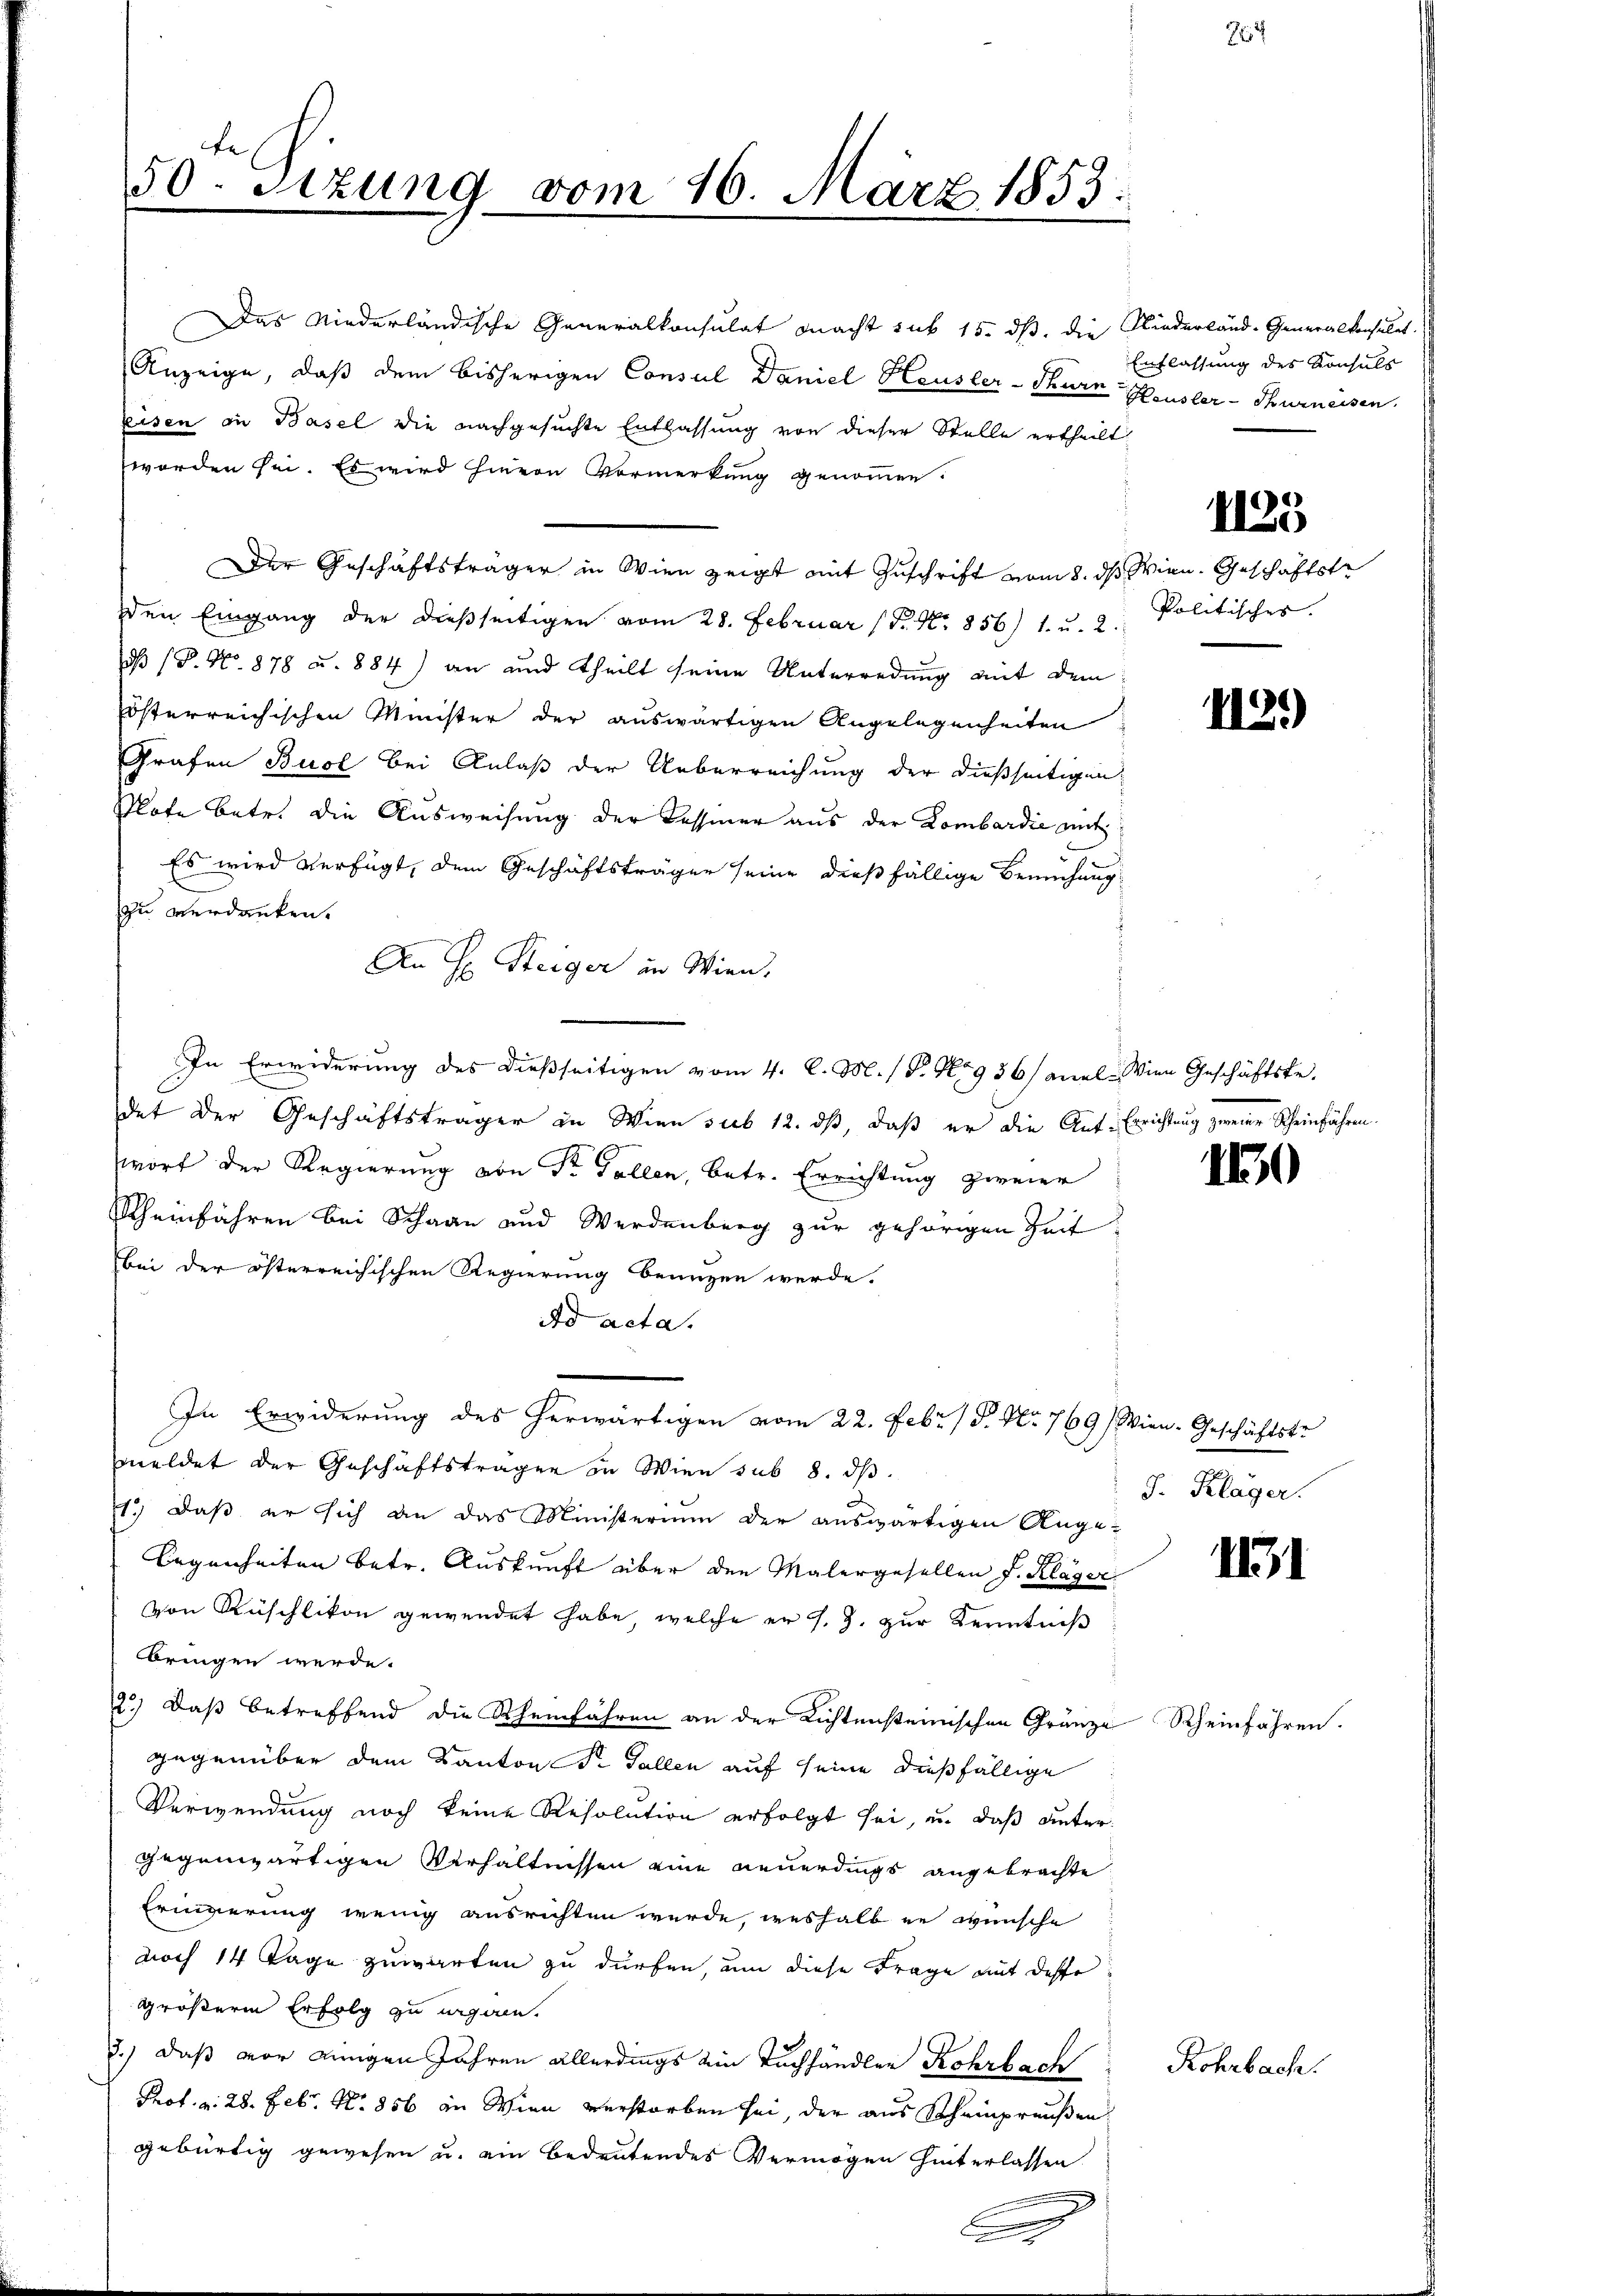
te
50. Sitzung vom 26. März 1853.

Das Niederländische Generalkonsulat macht sub 15. ds. die Niederländ. Generalkonsulat
Anzeige, daß dem bisherigen Consul Daniel Heusler-Thurn Heusler-Thurneisen.
Eisen in Basel die nachgesuchte Entlassung von dieser Stelle ertheilt
worden sei. Es wird hievon Vormerkung genommen.
Der Geschäftsträger in Wien zeigt mit Zuschrift vom 8. ds Wien. Geschäftste
den Eingang der dießseitigen vom 28. Februar (T. No. 856) 1. u. 2. Politischer
dß (P. No. 878 u. 884) an und theilt seine Unterredung mit dem
Eösterreichischen Minister der auswärtigen Angelegenheiten
Grafen Buol bei Anlaß der Ueberreichung der dießseitigen-
Plate betr. die Ausweisung der Cessiner aus der Lombardić mit
Es wird verfügt, dem Geschäftsträger seine dießfällige Bemühung
zu verdanken.
An H. Steiger in Wien,
In Erwiderung des dießseitigen vom 4. C. M. (T. No 936) anal Wien Geschäftste-
det der Geschäftsträger in Wien sub 12. dß, daß er die Auf Errichtung zweier Scheinfahren
wort der Regierung von St. Gallen, betr. Errichtung zweier
Scheinfahren bei Schaan und Werdenberg zur gehörigen Zeit
bei der österreichischen Regierung benuzen werde.
do acta.
In Erwiderung des herwärtigen vom 22. Febr. 1 S. Nr. 769) Wien-Geschäftste
meldet der Geschäftsträgen in Wien sub 8. dβ.
1.) Daß er sich an das Ministerium der auswärtigen Ange-
legenheiten betr. Auskunft über den Malergesellen f. Kläger
von Rüschlikon gewendet habe, welche er s. Z. zur Kenntniß
bringen werde.
2.) Daß betreffend die Rheinfahren an der Richtensteinischen Gränze Rheinfahren.
gegenüber dem Kanton S. Gallen auf seine dießfällige
Verwendung noch keine Resolution erfolgt sei, u. daß untergegenwärtigen Verhältnissen eine neuerdings angebrachte
Erinnerung wenig ausrichten wurde, weshalb er wünsche
noch 14 Tage zuwarten zu dürfen, um diese Frage mit desse
größern Erfolg zu ungen.
2.) Daß vor jungen Jahren allerdings ein Tuchhändler Rohrbach
Prof. v. 28. Feb. Nr. 856 in Wien verstorben sei, der aus Scheinpreußen
gebürtig gewesen u. ein bedeutendes Vermögen hinterlassen

Entlassung des Konsuls

J. Klager.

1125

112.)

110

1131

Rohrbach.